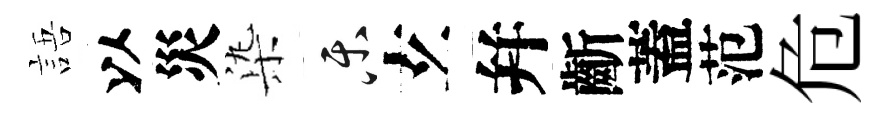
語以災𣑱乐𤣥幷齗蓋范危